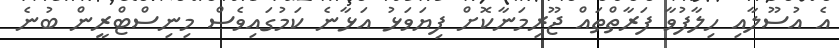
އެ އުސޫލާއި ހިލާފުވާ ފަރާތްތައް ޖޫރިމަނާކޮށް ފިޔަވަޅު އަޅާނެ ކަމުގައިވެސް މިނިސްޓްރީން ބުނެ